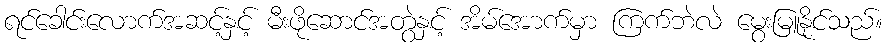
ရင်ခေါင်းလောက်အဆင့်နှင့် မီးဖိုဆောင်အတွဲနှင့် အိမ်အောက်မှာ ကြက်ဘဲလဲ မွေးမြူနိုင်သည်။